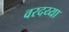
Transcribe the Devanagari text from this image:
वरदय्या